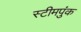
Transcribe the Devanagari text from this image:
स्टीमपुंक